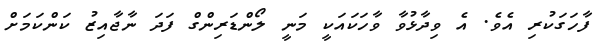
ފާހަގަކުރި އެވެ. އެ ވިދާޅުވާ ވާހަކައަކީ މަނީ ލޯންޑަރިންގް ފަދަ ނާޖާއިޒު ކަންކަމަށް